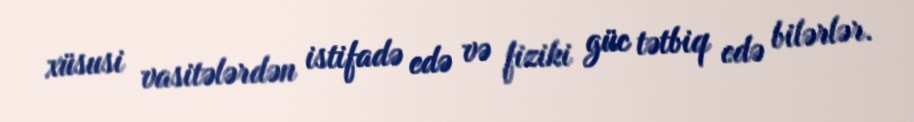
xüsusi vasitələrdən istifadə edə və fiziki güc tətbiq edə bilərlər.